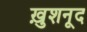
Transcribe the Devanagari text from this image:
ख़ुशनूद